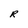
Character: R